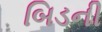
બિડની